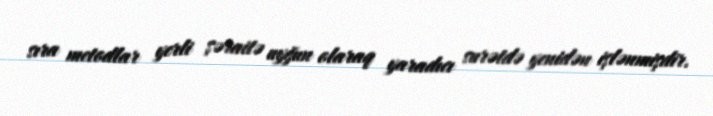
sıra metodlar yerli şəraitə uyğun olaraq yaradıcı surətdə yenidən işlənmişdir.